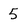
Character: 5